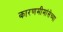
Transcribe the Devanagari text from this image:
कारणमीमांसेच्या